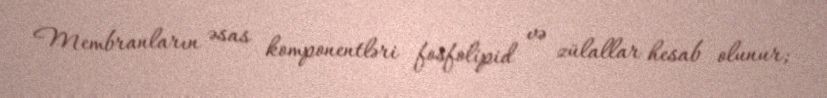
Membranların əsas komponentləri fosfolipid və zülallar hesab olunur;